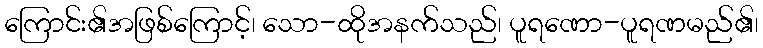
ကြောင်း၏အဖြစ်ကြောင့်၊ သော-ထိုအနက်သည်၊ ပူရဏော-ပူရဏမည်၏၊